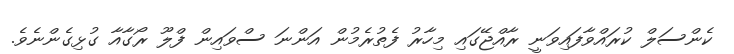
ކެންސަލް ކުރައްވާފައިވަނީ ރާއްޖޭގައި މިހާރު ފެތުރެމުން އަންނަ ސްވައިން ފްލޫ ރޯގާއާ ގުޅިގެންނެވެ.